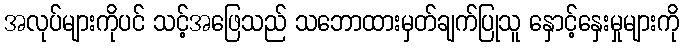
အလုပ်များကိုပင် သင့်အဖြေသည် သဘောထားမှတ်ချက်ပြုသူ နှောင့်နှေးမှုများကို